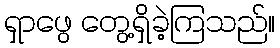
ရှာဖွေ တွေ့ရှိခဲ့ကြသည်။